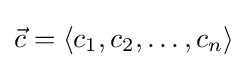
{\vec {c}}=\langle c_{1},c_{2},\ldots ,c_{n}\rangle